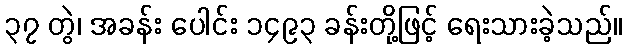
၃၇ တွဲ၊ အခန်း ပေါင်း ၁၄၉၃ ခန်းတို့ဖြင့် ရေးသားခဲ့သည်။